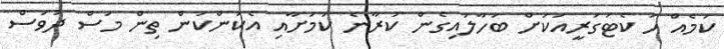
ކަމެއް ހަ ކެޓަގަރީއަކަށް ބަހާލައިގެން ކުރާނެ ކަމަށާއި އެކަންކަން ތިން މަސް ދުވަސް